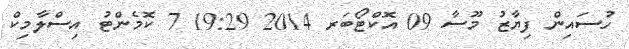
ހުސައިން ފިޔާޒު މޫސާ 09 އޮކްޓޯބަރ 2014 19:29 7 ކޮމެންޓު އިސްލާމިކް